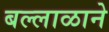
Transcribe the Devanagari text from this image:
बल्लाळाने